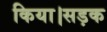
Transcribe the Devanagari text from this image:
किया।सड़क